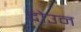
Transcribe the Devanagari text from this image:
दोउन